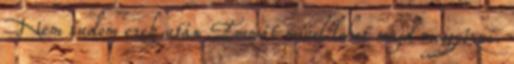
Nem tudom ezek után Emmát mivel lehet majd meggyőzni.